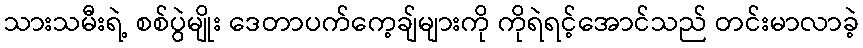
သားသမီးရဲ့ စစ်ပွဲမျိုး ဒေတာပက်ကေ့ချ်များကို ကိုရဲရင့်အောင်သည် တင်းမာလာခဲ့